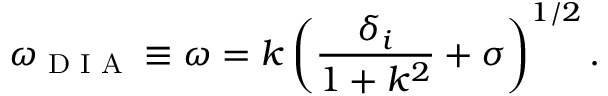
\omega _ { \textrm { D I A } } \equiv \omega = k \left( \frac { \delta _ { i } } { 1 + k ^ { 2 } } + \sigma \right) ^ { 1 / 2 } .